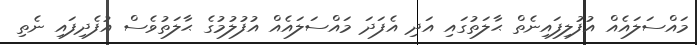
މައްސަލައެއް އުފުލިފައިނެތް ޙާލަތުގައި އަދި އެފަދަ މައްސަލައެއް އުފުލުމުގެ ޙާލަތުވެސް އުފެދިފައި ނެތި